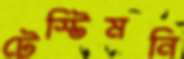
টেস্টিমনি